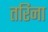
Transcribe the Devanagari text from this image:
तरिना